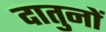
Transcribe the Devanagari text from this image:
दातुनों